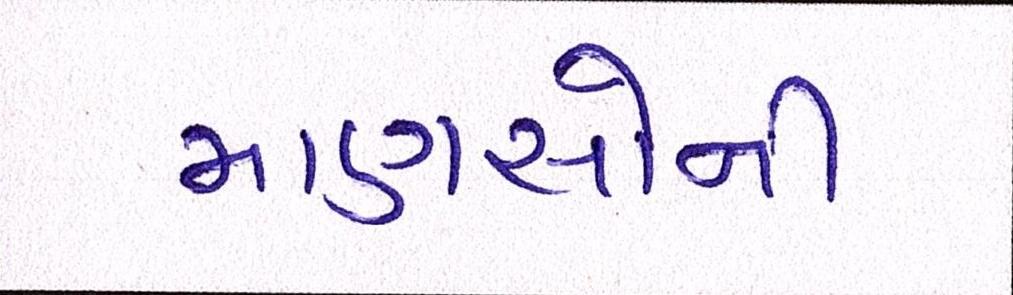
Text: માણસોની